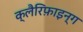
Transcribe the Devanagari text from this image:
क्लैरिफ़ाइन्ग